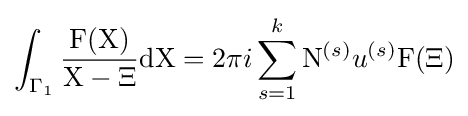
\int _{\Gamma _{1}}{\frac {\mathrm {F} (\mathrm {X} )}{\mathrm {X} -\Xi }}\mathrm {d} \mathrm {X} =2\pi i\sum _{s=1}^{k}\mathrm {N} ^{(s)}u^{(s)}\mathrm {F} (\Xi )